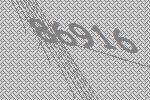
86916